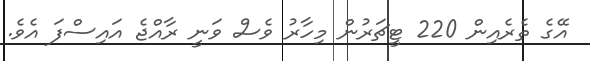
އޭގެ ތެރެއިން 220 ޓީޗަރުން މިހާރު ވެސް ވަނީ ރާއްޖެ އައިސްފަ އެވެ.